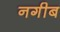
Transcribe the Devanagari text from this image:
नगीब